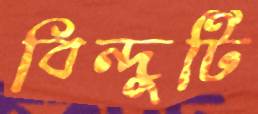
বিন্দুটি